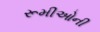
રૂમીઓની